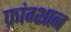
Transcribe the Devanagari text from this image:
फ़ांग्शान